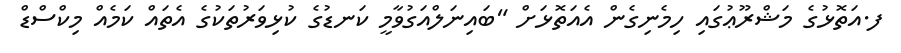
ފ.އަތޮޅުގެ މަޝްރޫޢުގައި ހިމެނިގެން އެއަތޮޅަށް "ބައިނަލްއަގުވާމީ ކަނޑުގެ ކުޅިވަރުތަކުގެ އެތައް ކަމެއް މިކްސްޑް